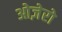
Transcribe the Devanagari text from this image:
ओज़ेरो